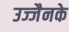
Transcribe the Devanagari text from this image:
उज्जैनके